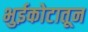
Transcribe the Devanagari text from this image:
भुईकोटातून